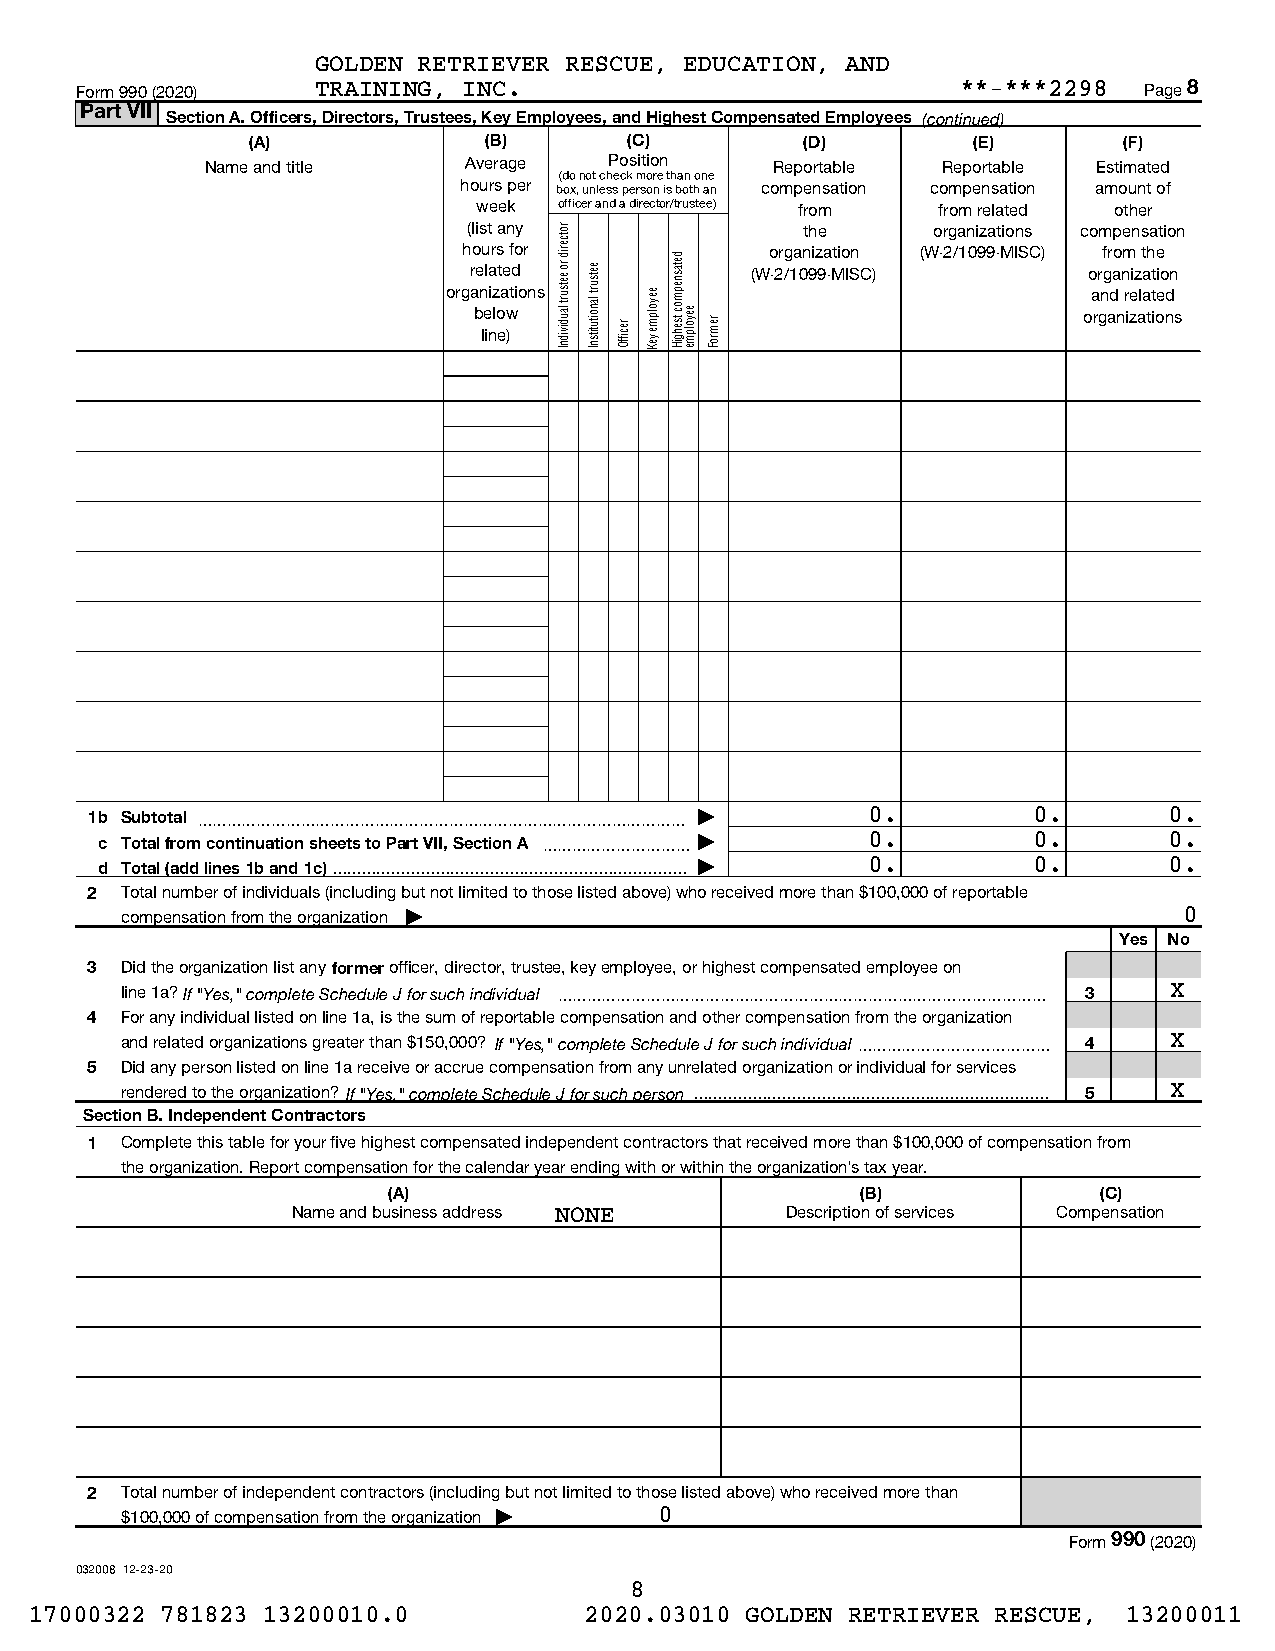
GOLDEN RETRIEVER RESCUE, EDUCATION, AND
 Form 990 (2020) TRAINING, INC.                             **-***2298  Page 8
 Part VII
 Section A. Officers, Directors, Trustees, Key Employees, and Highest Compensated Employees (continued)
 (A)             (B)       (C)        (D)        (E)       (F)
 Name and title   Average  Position   Reportable Reportable Estimated
 (do not check more than one
 hours per box, unless person is both an compensation compensation amount of
 week officer and a director/trustee) from from related other
 (list any             the      organizations compensation
 hours for           organization (W-2/1099-MISC) from the
 related            (W-2/1099-MISC)       organization
 organizations                             and related
 below                                    organizations
 line)
 1b Subtotal ~~~~~~~~~~~~~~~~~~~~~~~~~~~~~~~~~ |    0.         0.       0.
 c Total from continuation sheets to Part VII, Section A ~~~~~~~~~~ | 0. 0. 0.
 d Total (add lines 1b and 1c) | 0.   0.       0.
 2 Total number of individuals (including but not limited to those listed above) who received more than $100,000 of reportable
 compensation from the organization |                                  0
 Yes No
 3 Did the organization list any former officer, director, trustee, key employee, or highest compensated employee on
 line 1a? If "Yes," complete Schedule J for such individual ~~~~~~~~~~~~~~~~~~~~~~~~~~~~~~~~~ 3 X
 4 For any individual listed on line 1a, is the sum of reportable compensation and other compensation from the organization
 and related organizations greater than $150,000? If "Yes," complete Schedule J for such individual~~~~~~~~~~~~~ 4 X
 5 Did any person listed on line 1a receive or accrue compensation from any unrelated organization or individual for services
 rendered to the organization? If "Yes," complete Schedule J for such person  5 X
 Section B. Independent Contractors
 1 Complete this table for your five highest compensated independent contractors that received more than $100,000 of compensation from
 the organization. Report compensation for the calendar year ending with or within the organization's tax year.
 (A)                            (B)             (C)
 Name and business address NONE   Description of services Compensation
 2 Total number of independent contractors (including but not limited to those listed above) who received more than
 $100,000 of compensation from the organization | 0
 Form 990 (2020)
 032008 12-23-20
 8
 17000322 781823 13200010.0           2020.03010 GOLDEN RETRIEVER RESCUE, 13200011
 rotcerid
 ro eetsurt
 laudividnI
 eetsurt
 lanoitutitsnI
 reciffO
 eeyolpme
 yeK
 detasnepmoc
 tsehgiH eeyolpme remroF